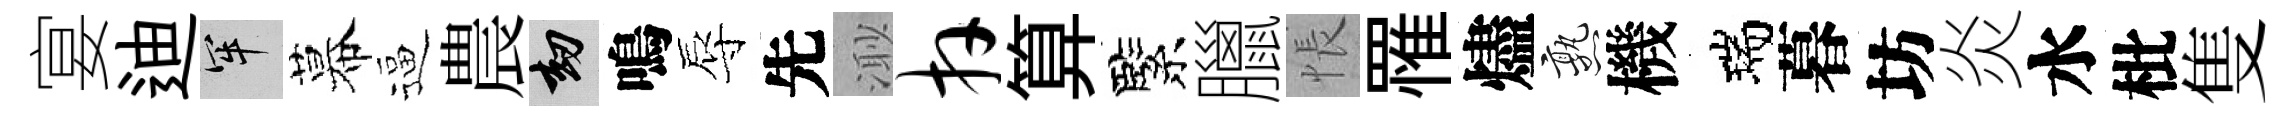
宴迪牢幕逼農劫鳴辱先𣺌卉算緊臘悵罹燼熟機瑞暮坊炎水枇隻